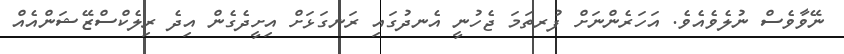
ނޭވާވެސް ނުލެވެއެވެ. އަހަރެންނަށް ފުރތަމަ ޖެހުނީ އެނދުގައި ރަނގަޅަށް އިށީދެގެން އިދެ ރިލެކްސްޒޭޝަންއެއް